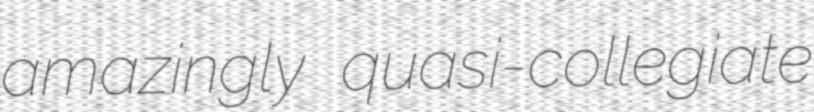
amazingly quasi-collegiate